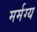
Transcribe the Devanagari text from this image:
मर्मग्य